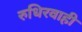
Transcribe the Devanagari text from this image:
रुधिरवाही